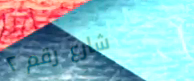
شارع رقم ٢